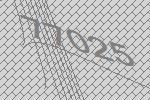
77025